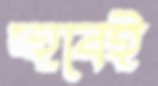
হুবেই